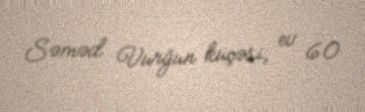
Səməd Vurğun küçəsi, ev 60